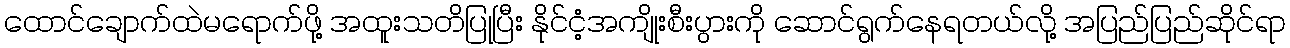
ထောင်ချောက်ထဲမရောက်ဖို့ အထူးသတိပြုပြီး နိုင်ငံ့အကျိုးစီးပွားကို ဆောင်ရွက်နေရတယ်လို့ အပြည်ပြည်ဆိုင်ရာ